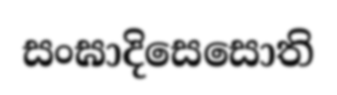
සංඝාදිසෙසොති